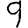
Digit: 9